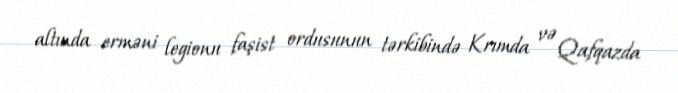
altında erməni legionu faşist ordusunun tərkibində Krımda və Qafqazda